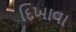
દિખાવા